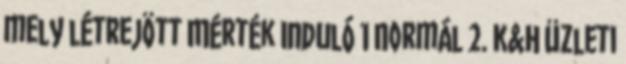
mely létrejött Mérték Induló 1 Normál 2. K&H üzleti